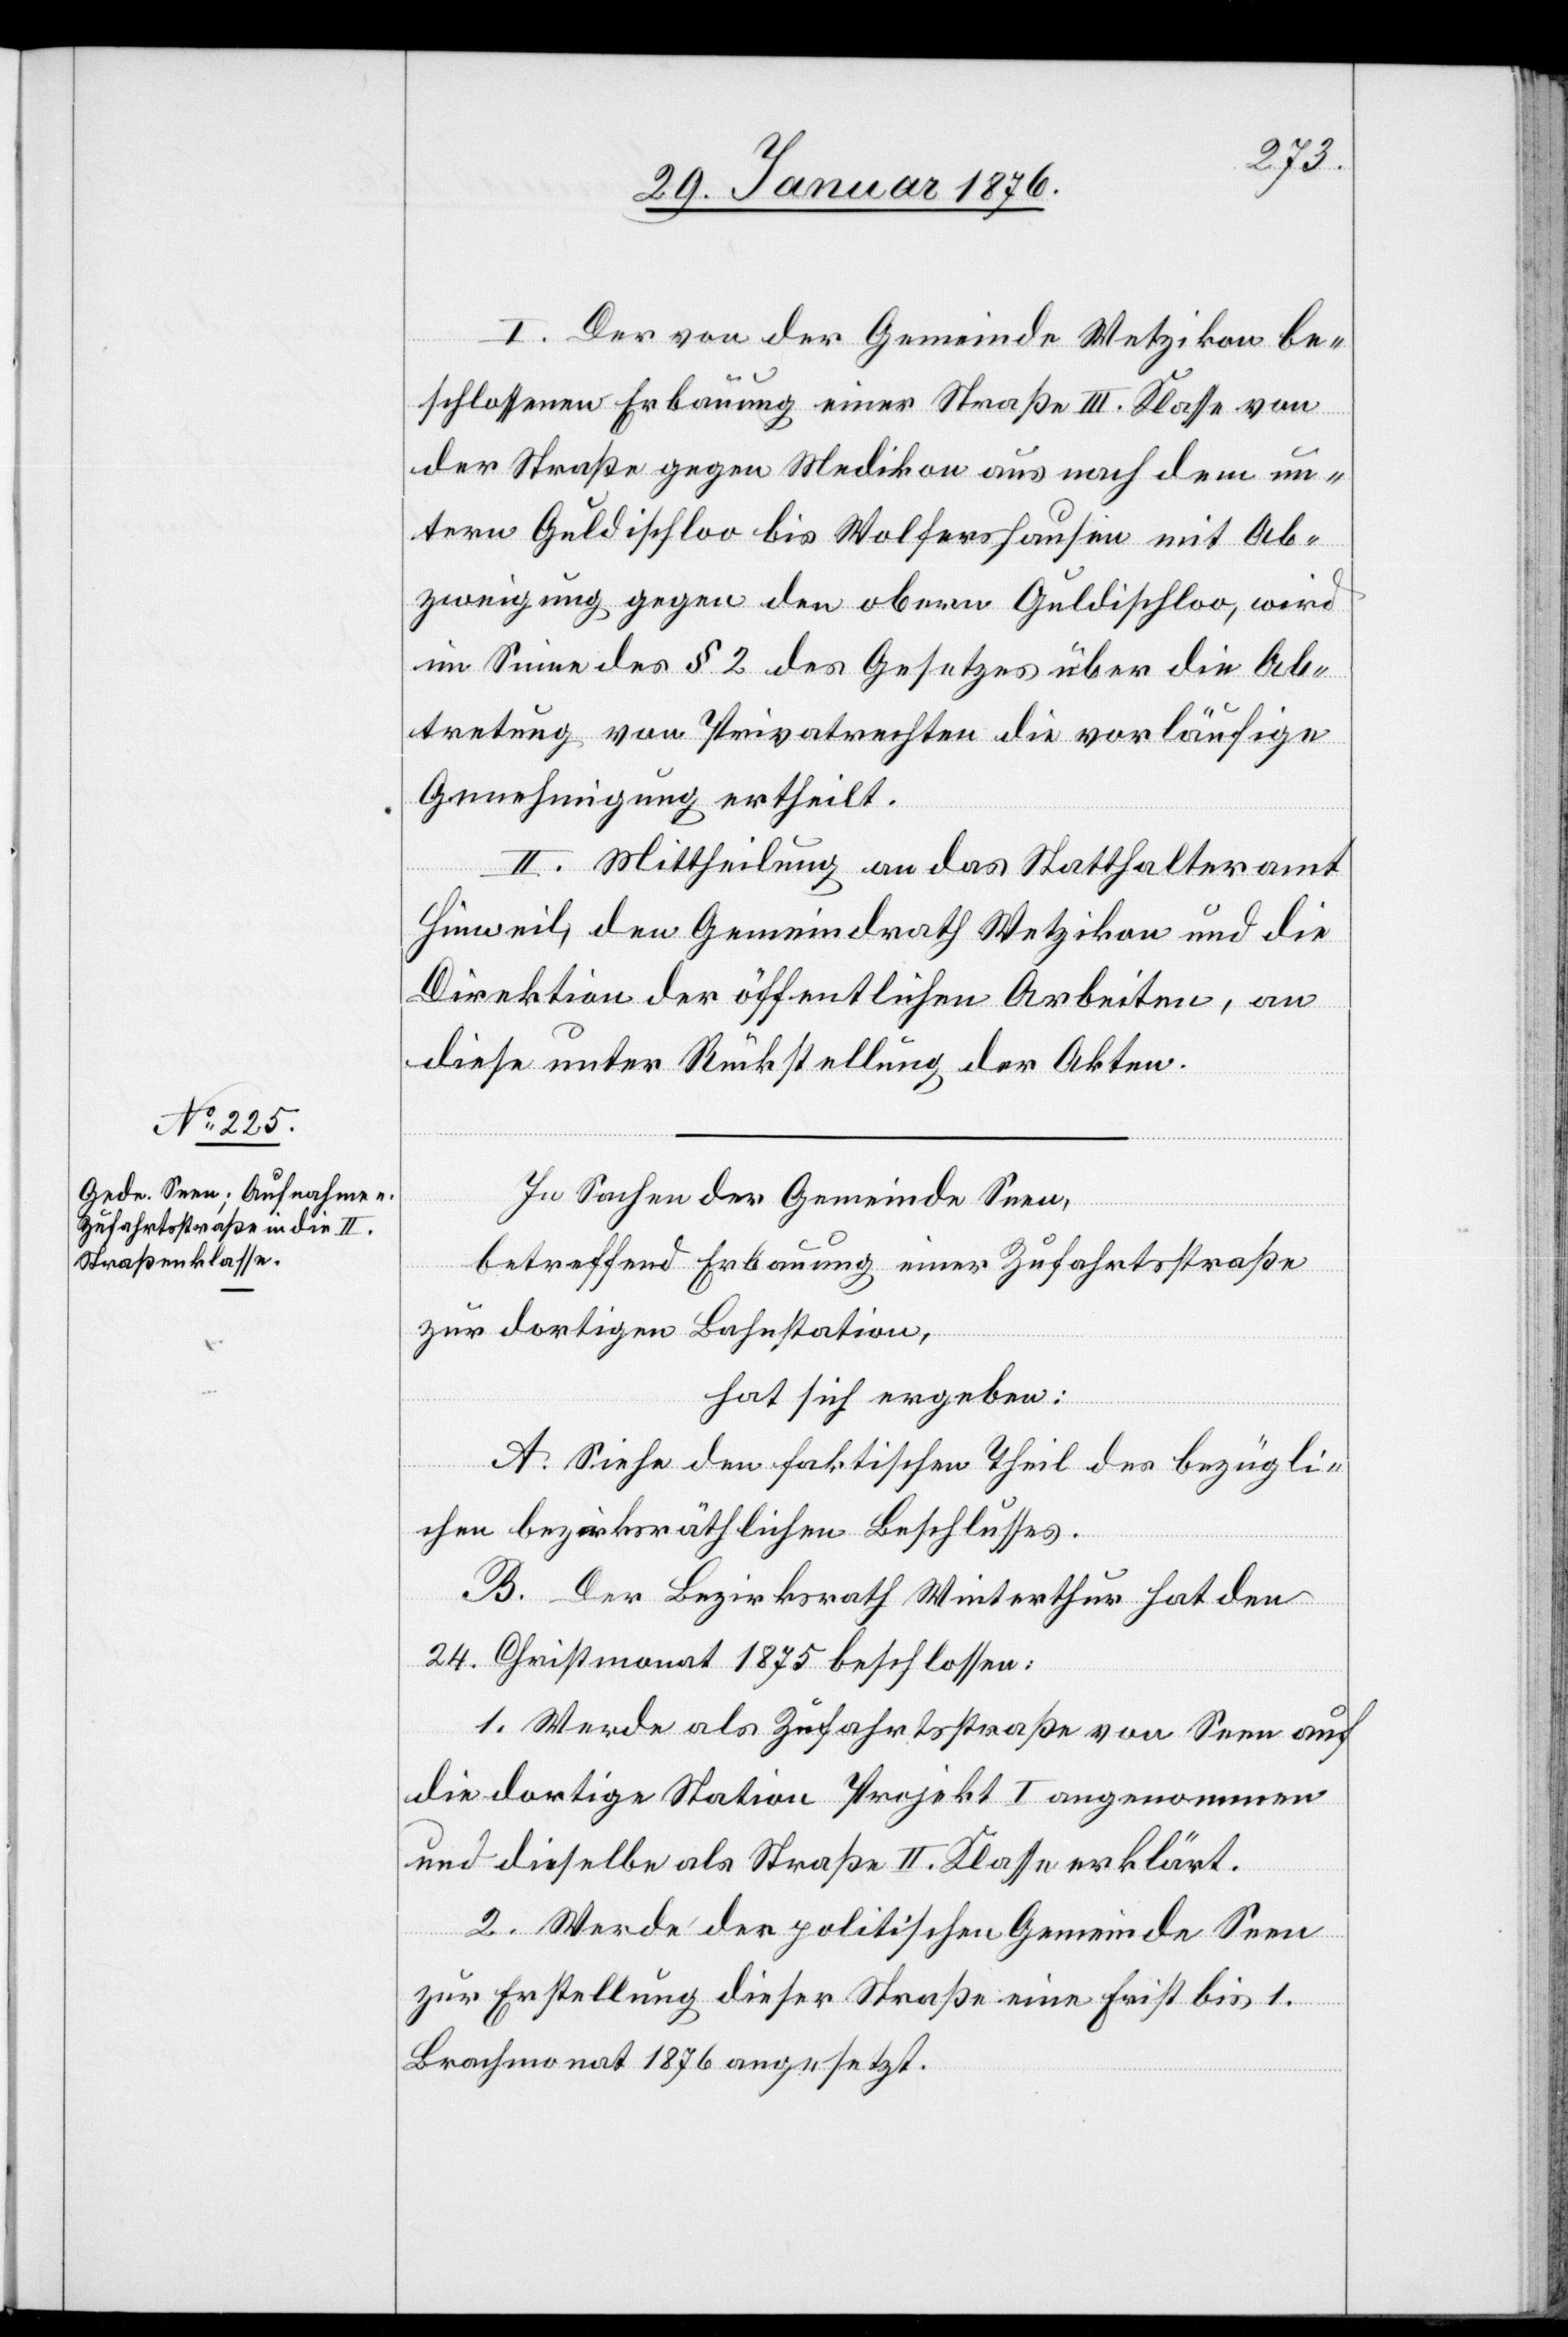
I. Der von der Gemeinde Wetzikon be¬
schlossenen Erbauung einer Straße III. Klasse von
der Straße gegen Medikon aus nach dem un¬
tern Guldischloo bis Wolfershausen mit Ab¬
zweigung gegen den obern Guldischloo, wird
im Sinne des § 2 des Gesetzes über die Ab¬
tretung von Privatrechten die vorläufige
Genehmigung ertheilt.
II. Mittheilung an das Statthalteramt
Hinweil, den Gemeindrath Wetzikon und die
Direktion der öffentlichen Arbeiten, an
diese unter Rückstellung der Akten.
In Sachen der Gemeinde Seen,
betreffend Erbauung einer Zufahrtsstraße
zur dortigen Bahnstation,
hat sich ergeben:
A. Siehe den faktischen Theil des bezügli¬
chen bezirksräthlichen Beschlusses.
B. Der Bezirksrath Winterthur hat den
24. Christmonat 1875 beschlossen:
1. Werde als Zufahrtsstraße von Seen auf
die dortige Station Projekt I angenommen
und dieselbe als Straße II. Klasse erklärt.
2. Werde der politischen Gemeinde Seen
zur Erstellung dieser Straße eine Frist bis 1.
Brachmonat 1876 angesetzt.